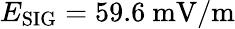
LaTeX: E_{\mathrm{SIG}}=59.6~\mathrm{mV/m}